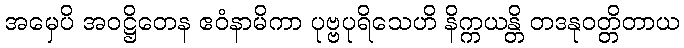
အမှေပိ အဝဋ္ဌိတေန ဧဝံနာမိကာ ပုဗ္ဗပုရိသေဟိ နိက္ကယန္တိ တဒနုဝတ္တိတာယ